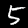
Label: 5